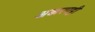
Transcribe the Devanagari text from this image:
अक्करपट्टी